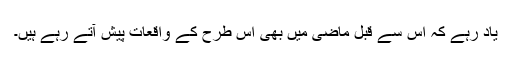
یاد رہے کہ اس سے قبل ماضی میں بھی اس طرح کے واقعات پیش آتے رہے ہیں۔